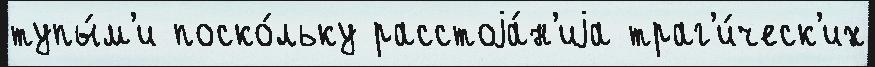
тупы́м'и поско́льку расстоjа́н'иjа траг'и́ческ'их